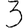
Digit: 3